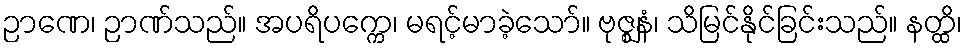
ဉာဏေ၊ ဉာဏ်သည်။ အပရိပက္ကေ၊ မရင့်မာခဲ့သော်။ ဗုဇ္ဈနံ၊ သိမြင်နိုင်ခြင်းသည်။ နတ္ထိ၊